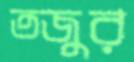
তজুর